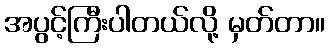
အပွင့်ကြီးပါတယ်လို့ မှတ်တာ။